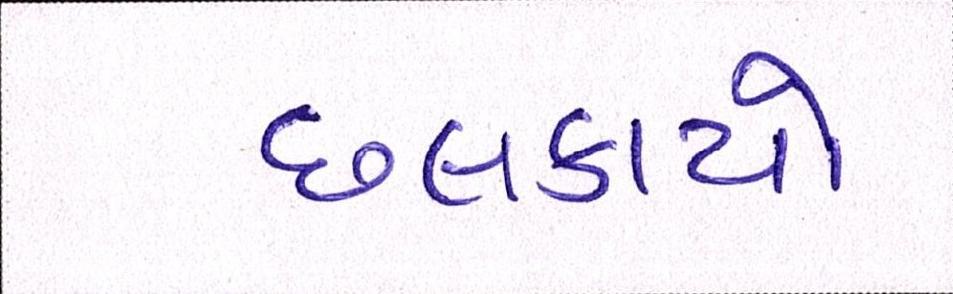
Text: છલકાયો